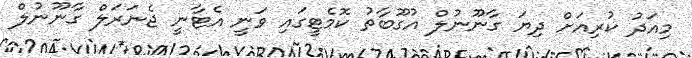
މިއަދު ކުރިއަށް ދިޔަ ގާނޫނުލް އުގޫބާތު ކޮމެޓީގައި ވަނީ އެޓާނީ ޖެނަރަލް ގާނޫނުލް